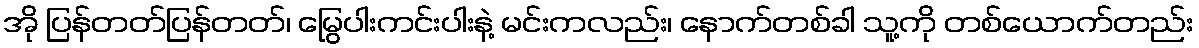
အို ပြန်တတ်ပြန်တတ်၊ မြွေပါးကင်းပါးနဲ့ မင်းကလည်း၊ နောက်တစ်ခါ သူ့ကို တစ်ယောက်တည်း